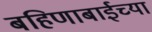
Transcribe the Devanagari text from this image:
बहिणाबाईच्‍या